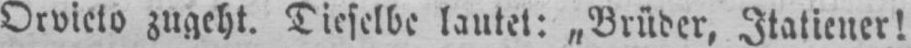
Orvieto zugeht. Dieselbe lautet: „Brüder, Italiener!